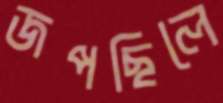
জপছিলে